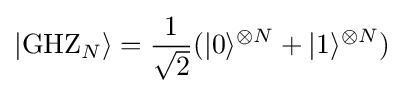
|{\rm {GHZ}}_{N}\rangle ={\frac {1}{\sqrt {2}}}(|0\rangle ^{\otimes N}+|1\rangle ^{\otimes N})